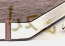
شكرأ